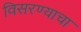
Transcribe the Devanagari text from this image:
विसरण्याचा